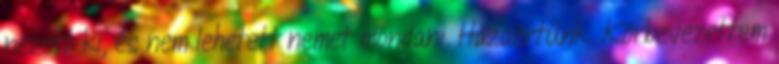
nézett ki, és nem lehetett nemet mondani. Hazaértünk. Körbevezettem